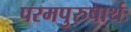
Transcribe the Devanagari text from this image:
परमपुरुषार्थः